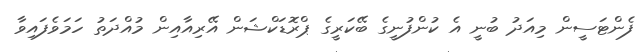
ފެންޓަސީން މިއަދު ބުނީ އެ ކުންފުނީގެ ބޭކަރީގެ ޕްރޮޑަކްޝަން އޭރިއާއިން މުއްދަތު ހަމަވެފައިވާ